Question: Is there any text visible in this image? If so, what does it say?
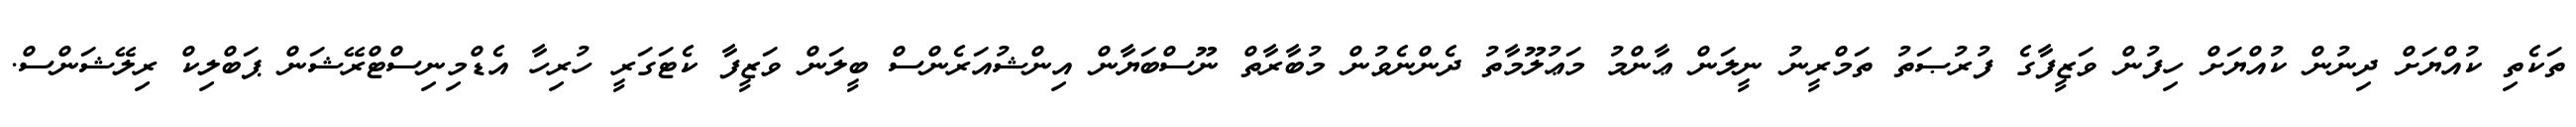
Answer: ތަކެތި ކުއްޔަށް ދިނުން ކުއްޔަށް ހިފުން ވަޒީފާގެ ފުރުޞަތު ތަމްރީނު ނީލަން ޢާންމު މަޢުލޫމާތު ދެންނެވުން މުބާރާތް ނޫސްބަޔާން އިންޝުއަރެންސް ބީލަން ވަޒީފާ ކެޓަގަރީ ހުރިހާ އެޑްމިނިސްޓްރޭޝަން ޕަބްލިކް ރިލޭޝަންސް.